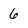
Character: 6